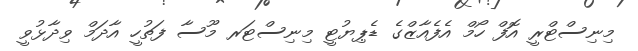
މިނިސްޓްރީ އޮފް ހޯމް އެފެއާޒްގެ ޑެޕިޔުޓީ މިނިސްޓަރ މޫސާ ފަތުހީ އާދަމް ވިދާޅުވީ